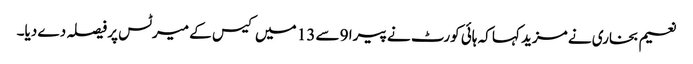
نعیم بخاری نے مزید کہا کہ ہائی کورٹ نے پیرا 9 سے 13 میں کیس کے میرٹس پر فیصلہ دے دیا۔